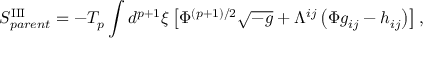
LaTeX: S _ { p a r e n t } ^ { \mathrm { I I I } } = - T _ { p } \int d ^ { p + 1 } { \xi } \left[ { \Phi } ^ { ( p + 1 ) / 2 } \sqrt { - g } + { \Lambda } ^ { i j } \left( { \Phi } g _ { i j } - h _ { i j } \right) \right] ,